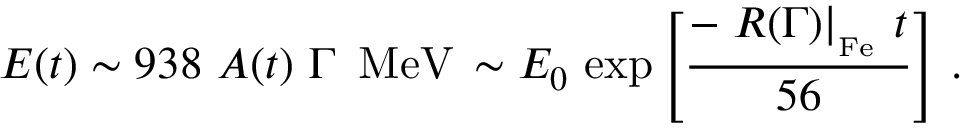
E ( t ) \sim 9 3 8 \, \, A ( t ) \, \, \Gamma \, \, \, \mathrm { M e V } \nonumber \, \sim E _ { 0 } \, \exp \left[ \frac { - \left. R ( \Gamma ) \right| _ { _ \mathrm { F e } } \, t } { 5 6 } \right] \, .